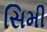
સિમી